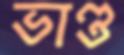
ভাণ্ড